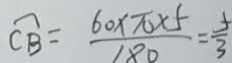
\widehat { C B } = \frac { 6 0 \times \pi \times 5 } { 1 8 0 } = \frac { 5 } { 3 }